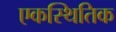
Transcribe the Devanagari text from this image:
एकस्थितिक